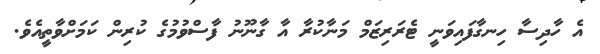
އެ ހާދިސާ ހިނގާފައިވަނީ ޓެރަރިޒަމް މަނާކުރާ އާ ގާނޫނު ފާސްވުމުގެ ކުރިން ކަމަށްވާތީއެވެ.